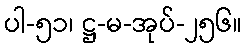
ပါ-၅၁၊ ဋ္ဌ-မ-အုပ်-၂၅၆။